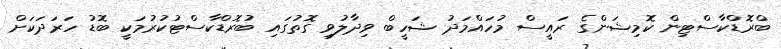
ބްރޮޑްކާސްޓިން ކޮމިޝަންގެ ރައީސް މުހައްމަދު ޝަހީބް ވިދާލުވި ގޮތުގައި ބުރޮޑްކާސްޓުކުރުމަކީ ބޮޑު ހަރަދަކަށް